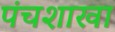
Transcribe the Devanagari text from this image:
पंचशाखा